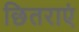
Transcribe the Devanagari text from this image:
छितराएं